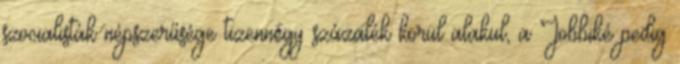
szocialisták népszerűsége tizennégy százalék körül alakul, a Jobbiké pedig